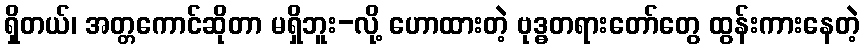
ရှိတယ်၊ အတ္တကောင်ဆိုတာ မရှိဘူး-လို့ ဟောထားတဲ့ ဗုဒ္ဓတရားတော်တွေ ထွန်းကားနေတဲ့